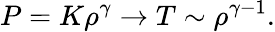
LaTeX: P=K\rho^{\gamma}\rightarrow T\sim\rho^{\gamma-1}.